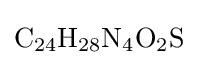
{\mathrm {C} {\vphantom {A}}_{\smash[{t}]{24}}\mathrm {H} {\vphantom {A}}_{\smash[{t}]{28}}\mathrm {N} {\vphantom {A}}_{\smash[{t}]{4}}\mathrm {O} {\vphantom {A}}_{\smash[{t}]{2}}\mathrm {S} }